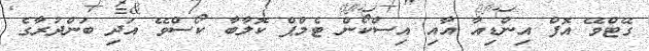
ގޭޓްވޭ އޮފް އިންޑިއާ އާއި އިސްކޯން ޓެމްޕް ކޮލާބާ ކޯސްވޭ އަދި ބަންދުރާގެ